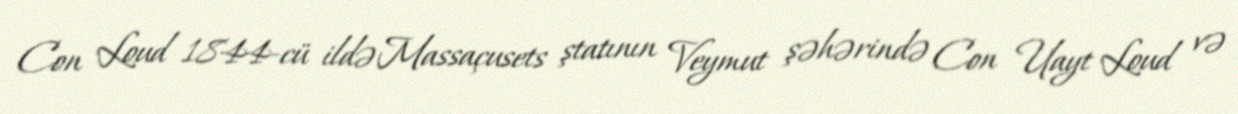
Con Loud 1844-cü ildə Massaçusets ştatının Veymut şəhərində Con Uayt Loud və